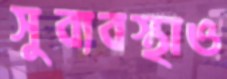
সুব্যবস্থাও